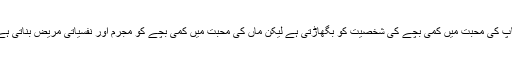
باپ کی محبت میں کمی بچے کی شخصیت کو بگھاڑتی ہے لیکن ماں کی محبت میں کمی بچے کو مجرم اور نفسیاتی مریض بناتی ہے۔